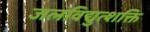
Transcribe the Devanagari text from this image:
जलविद्युत्शक्ति